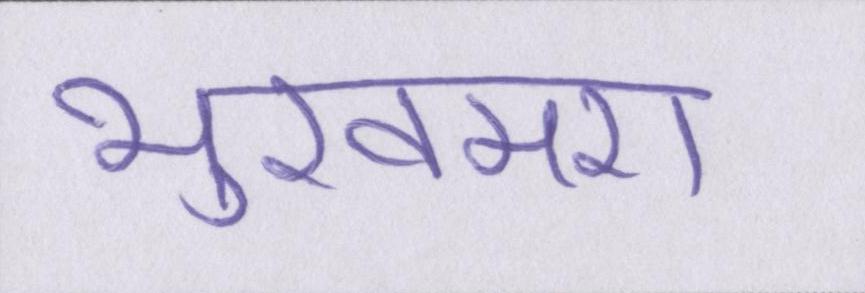
भुखमरी